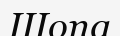
Шопа